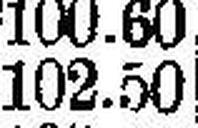
102.50